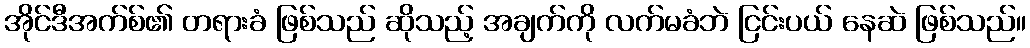
အိုင်ဒီအက်စ်၏ တရားခံ ဖြစ်သည် ဆိုသည့် အချက်ကို လက်မခံဘဲ ငြင်းပယ် နေဆဲ ဖြစ်သည်။